Report on sanitation, dispensaries, and jails in Rajputana for 1909, and on vaccination for the year 1909-1910 - 1909-1910
Year: 1909
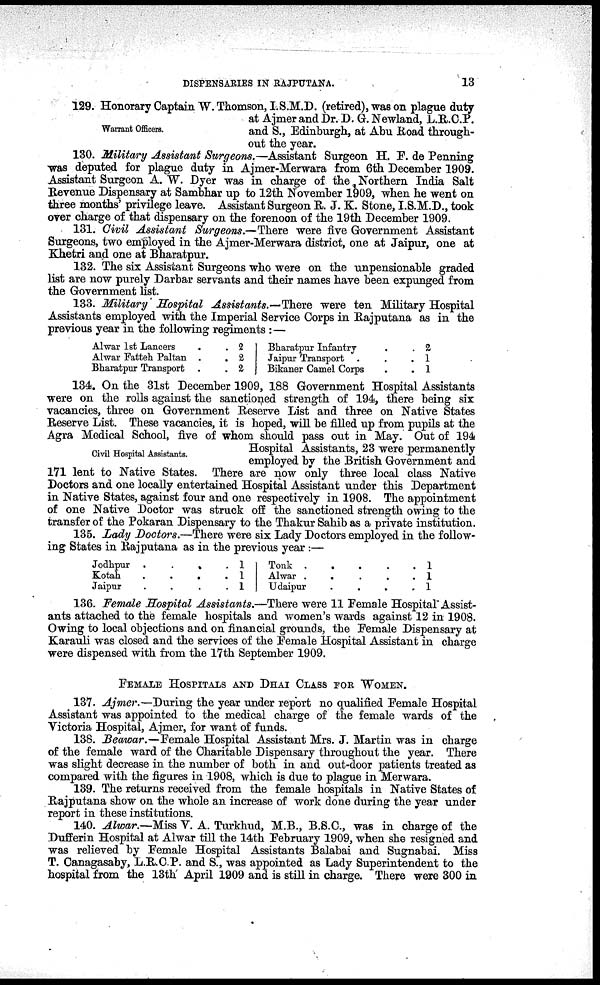
DISPENSARIES IN RAJPUTANA.
13
Warrant Officers.
129. Honorary Captain W. Thomson, I.S.M.D. (retired), was on plague duty
at Ajmer and Dr. D. G. Newland, L.R.C.P.
and S., Edinburgh, at Abu Road through-
out the year.
130. Military Assistant Surgeons.—Assistant Surgeon H. F. de Penning
was deputed for plague duty in Ajmer-Merwara from 6th December 1909.
Assistant Surgeon A. W. Dyer was in charge of the Northern India Salt
Revenue Dispensary at Sambhar up to 12th November 1909, when he went on
three months' privilege leave. Assistant Surgeon R. J. K. Stone, I.S.M.D., took
over charge of that dispensary on the forenoon of the 19th December 1909.
131. Civil Assistant Surgeons.—There were five Government Assistant
Surgeons, two employed in the Ajmer-Merwara district, one at Jaipur, one at
Khetri and one at Bharatpur.
132. The six Assistant Surgeons who were on the unpensionable graded
list are now purely Darbar servants and their names have been expunged from
the Government list.
133. Military Hospital Assistants.—There were ten Military Hospital
Assistants employed with the Imperial Service Corps in Rajputana as in the
previous year in the following regiments :—
Alwar 1st Lancers . .
Alwar Fatteh Paltan . .
Bharatpur Transport . .
2
2
2
Bharatpur Infantry . .
Jaipur Transport . . .
Bikaner Camel Corps . .
2
1
1
Civil Hospital Assistants.
134. On the 31st December 1909, 188 Government Hospital Assistants
were on the rolls against the sanctioned strength of 194, there being six
vacancies, three on Government Reserve List and three on Native States
Reserve List. These vacancies, it is hoped, will be filled up from pupils at the
Agra Medical School, five of whom should pass out in May. Out of 194
Hospital Assistants, 23 were permanently
employed by the British Government and
171 lent to Native States. There are now only three local class Native
Doctors and one locally entertained Hospital Assistant under this Department
in Native States, against four and one respectively in 1908. The appointment
of one Native Doctor was struck off the sanctioned strength owing to the
transfer of the Pokaran Dispensary to the Thakur Sahib as a private institution.
135. Lady Doctors.—There were six Lady Doctors employed in the follow-
ing States in Rajputana as in the previous year :—
Jodhpur
.
.
.
.
Kotah
.
.
.
.
Jaipur
.
.
.
.
1
1
1
Tonk . . . . . .
Alwar . . . . .
Udaipur
.
.
.
.
1
1
1
136. Female Hospital Assistants.—There were 11 Female Hospital Assist-
ants attached to the female hospitals and women's wards against 12 in 1908.
Owing to local objections and on financial grounds, the Female Dispensary at
Karauli was closed and the services of the Female Hospital Assistant in charge
were dispensed with from the 17th September 1909.
FEMALE HOSPITALS AND DHAI CLASS FOR WOMEN.
137. Ajmer.—During the year under report no qualified Female Hospital
Assistant was appointed to the medical charge of the female wards of the
Victoria Hospital, Ajmer, for want of funds.
138. Beawar.—Female Hospital Assistant Mrs. J. Martin was in charge
of the female ward of the Charitable Dispensary throughout the year. There
was slight decrease in the number of both in and out-door patients treated as
compared with the figures in 1908, which is due to plague in Merwara.
139. The returns received from the female hospitals in Native States of
Rajputana show on the whole an increase of work done during the year under
report in these institutions.
140. Alwar.—Miss V. A. Turkhud, M.B., B.S.C., was in charge of the
Dufferin Hospital at Alwar till the 14th February 1909, when she resigned and
was relieved by Female Hospital Assistants Balabai and Sugnabai. Miss
T. Canagasaby, L.R.C.P. and S., was appointed as Lady Superintendent to the
hospital from the 13th April 1909 and is still in charge. There were 300 in